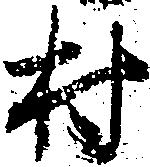
村